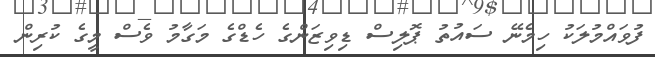
ފުވައްމުލަކު ހިމެނޭ ސައުތު ޕޮލިސް ޑިވިޒަންގެ ހެޑްގެ މަގާމު ވެސް މީގެ ކުރިން